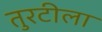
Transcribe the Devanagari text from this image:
तुरटीला